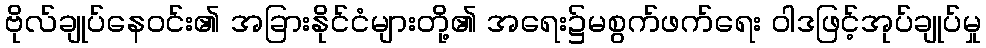
ဗိုလ်ချုပ်နေဝင်း၏ အခြားနိုင်ငံများတို့၏ အရေး၌မစွက်ဖက်ရေး ဝါဒဖြင့်အုပ်ချုပ်မှု